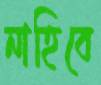
নাহিবে